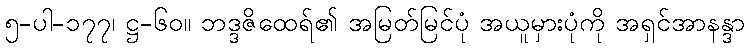
၅-ပါ-၁၇၇၊ ဋ္ဌ-၆၀။ ဘဒ္ဒဇိထေရ်၏ အမြတ်မြင်ပုံ အယူမှားပုံကို အရှင်အာနန္ဒာ